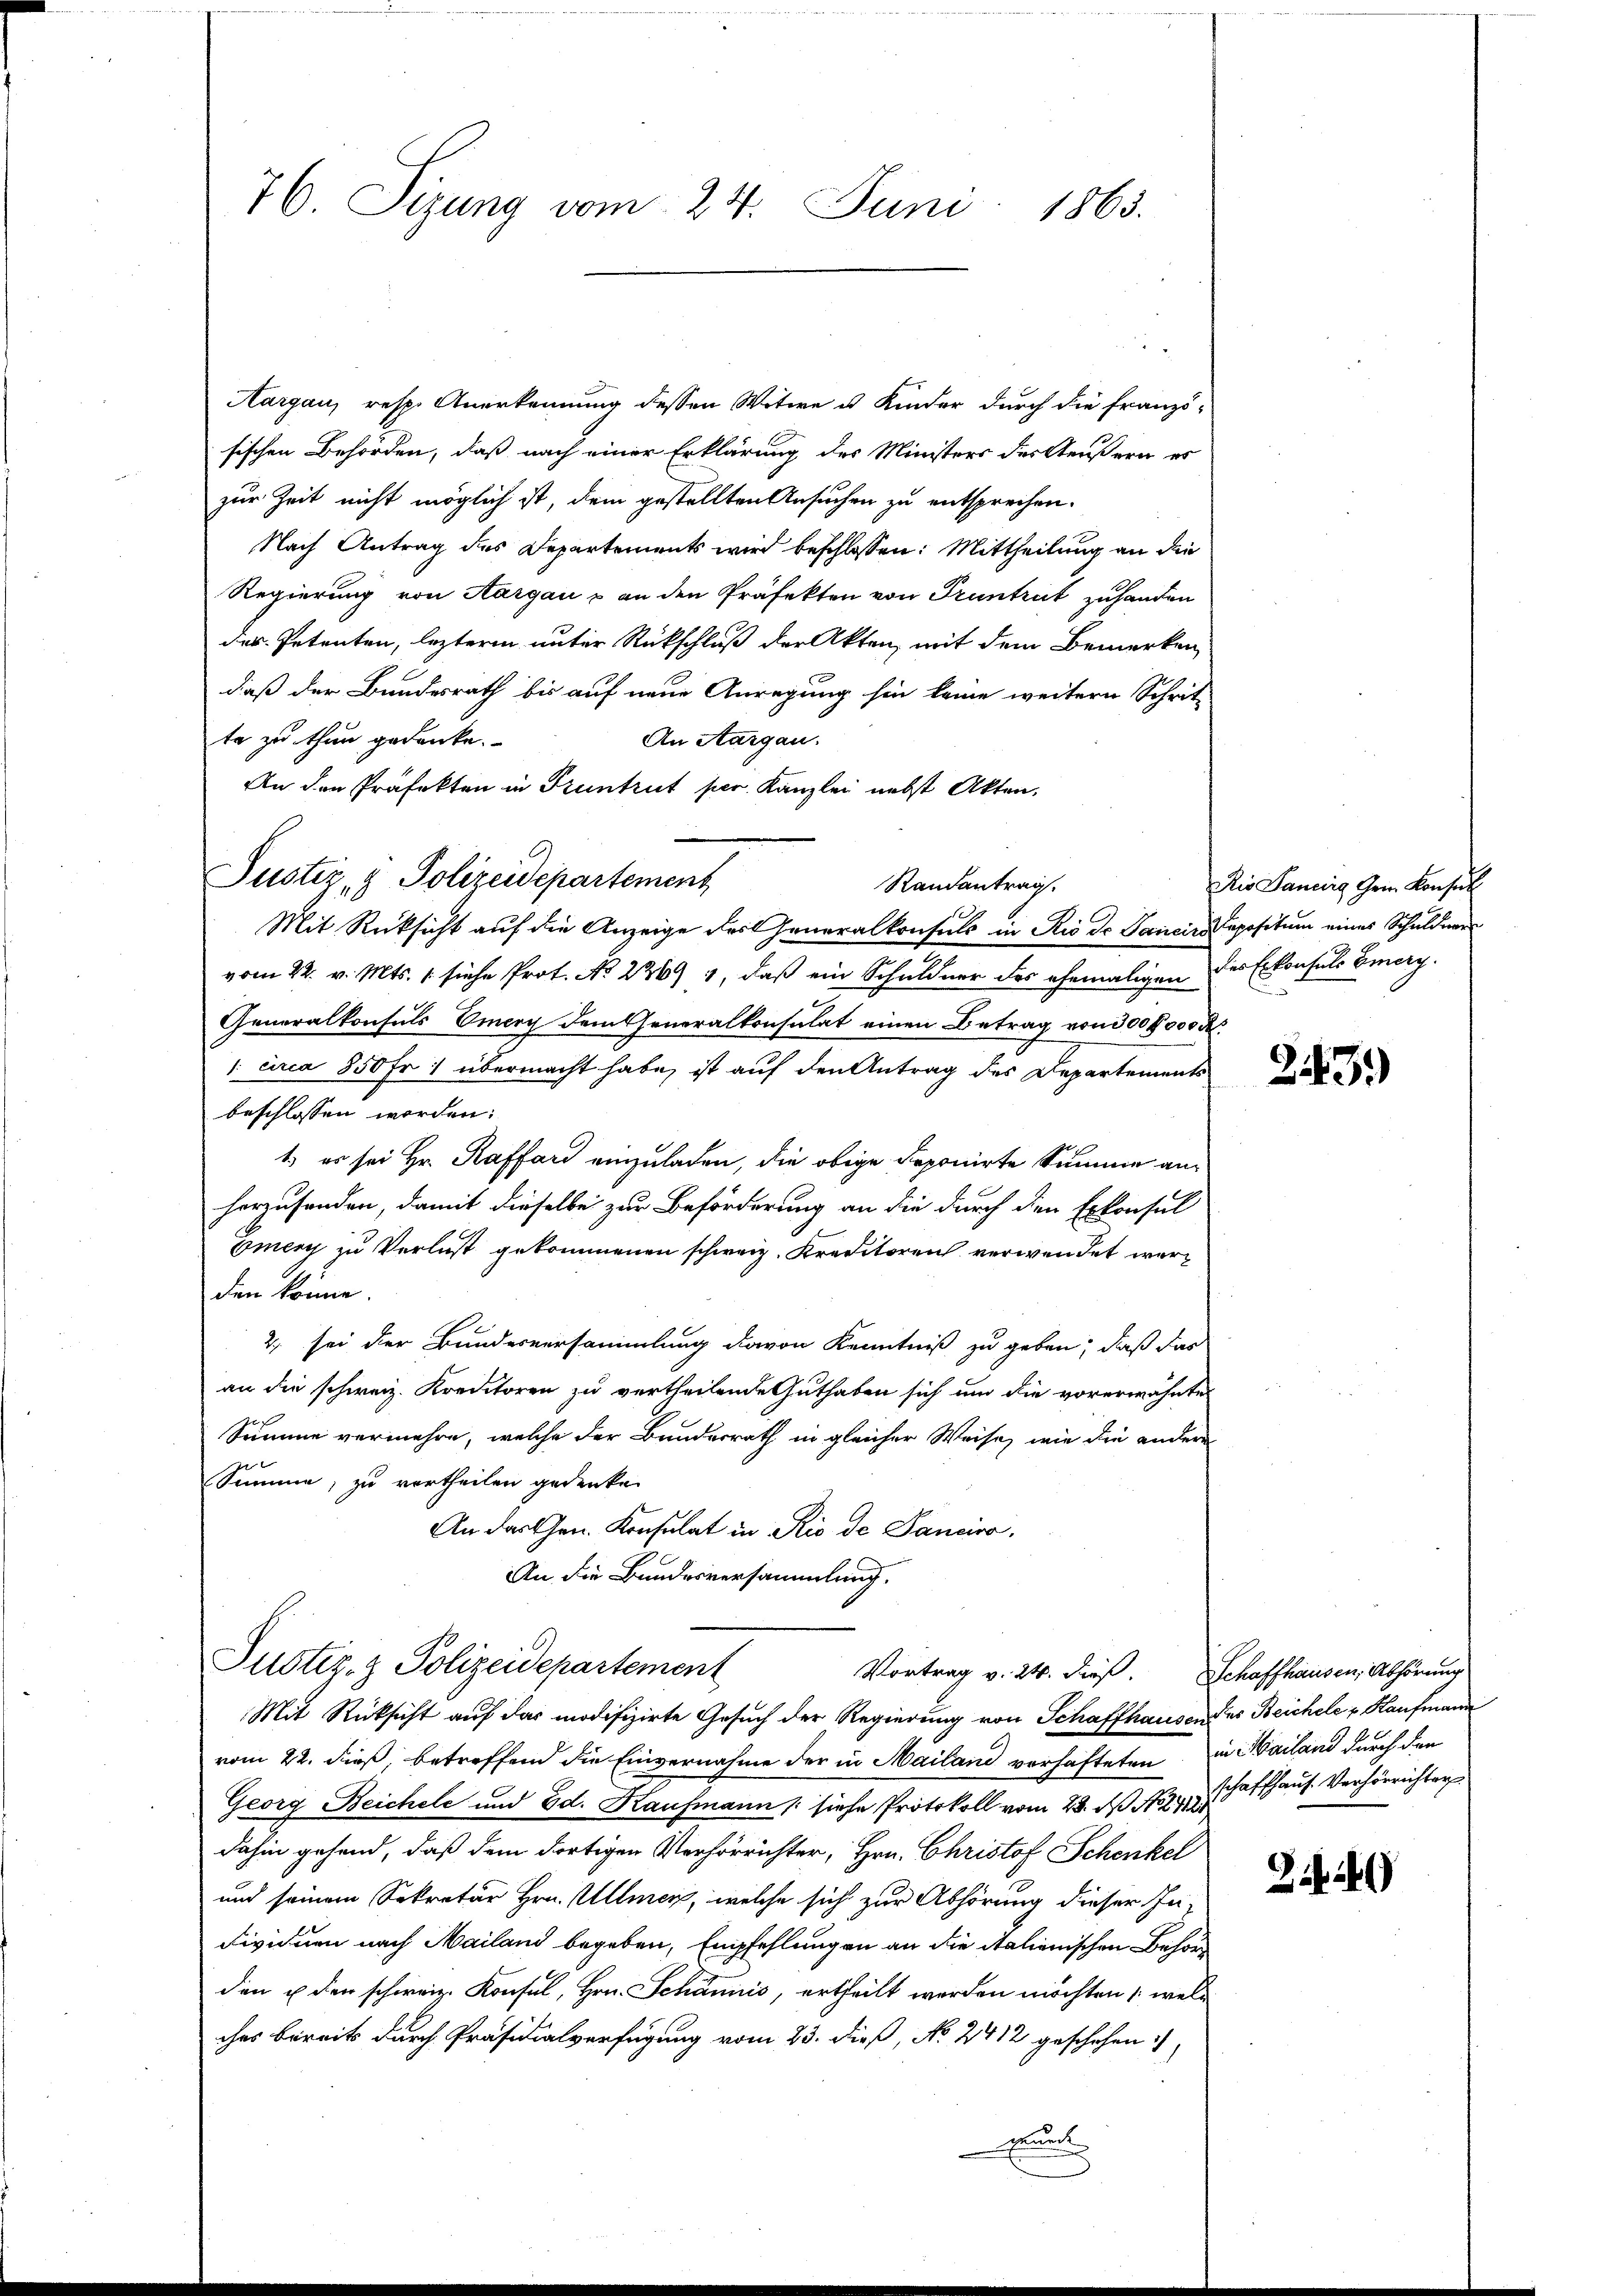
76. Sizung vom 24. Juni 1865.

Aargau, resp. Anerkennung dessen Witwe u. Kinder durch die Französischen Behörden, daß nach einer Erklärung des Ministers der Aeußern es
zur Zeit nicht möglich ist, dem gestellten Ansuchen zu entsprechen.
Nach Antrag des Departements wird beschlossen: Mittheilung an die
Regierung von Aargau & an den Präfekten von Truntrut zuhanden
der Petenten, lezteren unter Rückschluß der Akten, mit dem Bemerken
daß der Bundesrath bis auf neue Anregung hin keine weitern Schrit-
An Aargau.
te zu thun gedanke.
An den Präfekten in Truntrut per. Kanzley nebst Akten,
Randantrag
Mit Rücksicht auf die Anzeige des Generalkonsuls in Rio de Janein Depositum eines Schuldners
vom 22. v. Mts. 1. siehe Prot. No 2269, 1, daß ein Schuldner des ehemaligen des Erkonsuls Emery.
Generalkonsuls Emery dem Generalkonsulat einen Betrag von 300 f 000 M.
/. circa 850 Fr. übermacht habe, ist auf den Antrag des Departements
beschlossen worden:
1) es sei Hr. Raffard einzuladen, die obige deponirte Summe anherzusenden, damit dieselbe zur Beförderung an die durch den Erkonsul
Emery zu Verlust gekommenen schweiz. Kreditoren verwendet werden könne.
2) sei der Bundesversammlung davon Kenntniß zu geben, daß das
an die schweiz. Kreditoren zu vertheilende Guthaben sich um die vorerwähnte
Summe vermehre, welche der Bunderrath in gleicher Weise, wie die andere
Summe, zu vertheilen gedenke
An das Gen. Konsulat in Rio de Panciro,
An die Bundesversammlung.

Justiz- & Polizeidepartement

Justiz- & Polizeidepartement

Mit Rücksicht auf das modifizirte Gesuch der Regierung von Schaffhausendes Beichele v. Kaufmann
vom 22. dieß, betreffend die Einvernahme der in Mailand verhafteten in Mailand durch den
Georg Beichele und Ed. Kaufmann (siehe Protokoll vom 28. d. 1871 haffhaus. Verhörrichter
dahin gehend, daß dem dortigen Verhörrichter, Hrn. Christof Schenkel
und seinem Sekretär Hrn. Ullmer, welche sich zur Abhörung dieser Individuen nach Mailand begeben, Empfehlungen an die italienischen Behörd
den u den schweiz. Konsul, Hrn. Schännis, ertheilt werden möchten, welc
ches bereits durch Präsidialverfügung vom 23. dieß, No 2412 geschehen:
Ben

Rio Sancirg Gem. Konsul

243)

Vortrag v. 24. dieß. Schaffhausen, Abhörung

Zi)